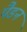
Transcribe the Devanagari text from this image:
पैडन